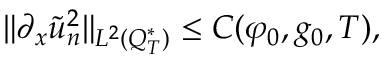
\lVert \partial _ { x } \tilde { u } _ { n } ^ { 2 } \rVert _ { L ^ { 2 } ( Q _ { T } ^ { * } ) } \leq C ( \varphi _ { 0 } , g _ { 0 } , T ) ,